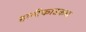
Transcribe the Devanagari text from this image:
हानीकारकच